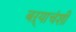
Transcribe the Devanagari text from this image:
बऱ्याचंशी